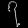
Digit: ၇